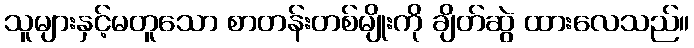
သူများနှင့်မတူသော စာတန်းတစ်မျိုးကို ချိတ်ဆွဲ ထားလေသည်။